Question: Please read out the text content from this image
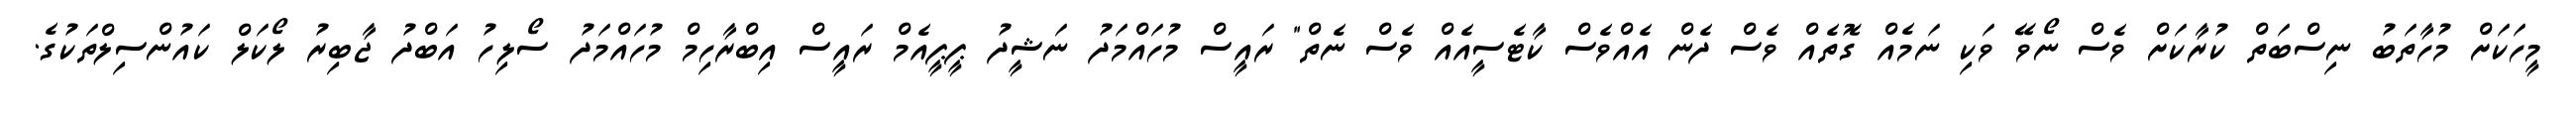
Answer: މީހަކަށް މުހާތަބު ނިސްބަތް ކުރާކަށް ވެސް ނޯވޭ ވަކި ނަމެއް ގޮތެއް ވެސް ދެން އެއްވެސް ކާޓެސީއެއް ވެސް ނެތް" ރައީސް މުހައްމަދު ނަޝީދު ޕީޕީއެމް ރައީސް އިބްރާހިމް މުހައްމަދު ސޯލިހު އަބްދު ޖާބިރު ލޯކަލް ކައުންސިލްތަކުގެ.